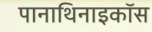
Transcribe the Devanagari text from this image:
पानाथिनाइकॉस